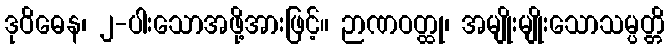
ဒုဝိဓေန၊ ၂-ပါးသောအဖို့အားဖြင့်။ ဉာဏဝတ္ထု၊ အမျိုးမျိုးသောသမ္ပတ္တိ